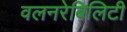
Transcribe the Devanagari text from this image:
वलनरेबिलिटी